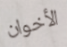
الأخوان